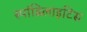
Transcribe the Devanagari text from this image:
स्पांडिलाइटिस